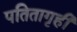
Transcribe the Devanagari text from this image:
पतितागृही